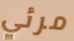
مرئي